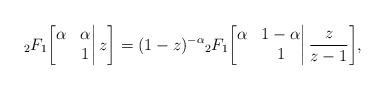
LaTeX: \begin{align*}{}_2F_1\bigg[\begin{matrix}\alpha&\alpha\\&1\end{matrix}\bigg|\,z\bigg]=(1-z)^{-\alpha}{}_2F_1\bigg[\begin{matrix}\alpha&1-\alpha\\&1\end{matrix}\bigg|\,\frac{z}{z-1}\bigg],\end{align*}